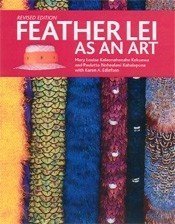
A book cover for Feather Lei as an Art; Mary Louise Kekuewa & Paulette Kahalepuna; Crafts, Hobbies & Home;